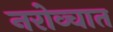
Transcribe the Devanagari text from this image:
नरोव्चात